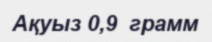
Ақуыз 0,9  грамм